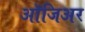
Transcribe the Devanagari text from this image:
ऑजिअर